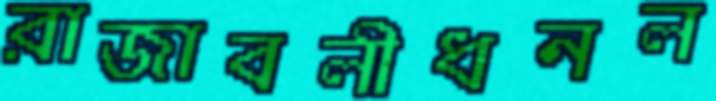
রাজাবলীধনল